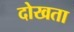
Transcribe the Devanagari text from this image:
दोखता